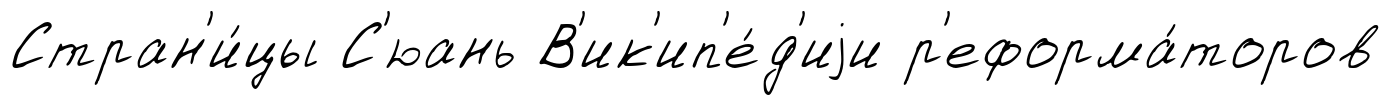
Стран'и́цы С'юань В'ик'ип'е́д'иjи р'еформа́торов